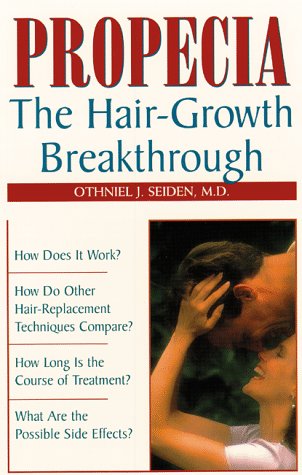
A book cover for Propecia: The Hair-Growth Breakthrough; Othniel J. Seiden M.D.; Health, Fitness & Dieting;